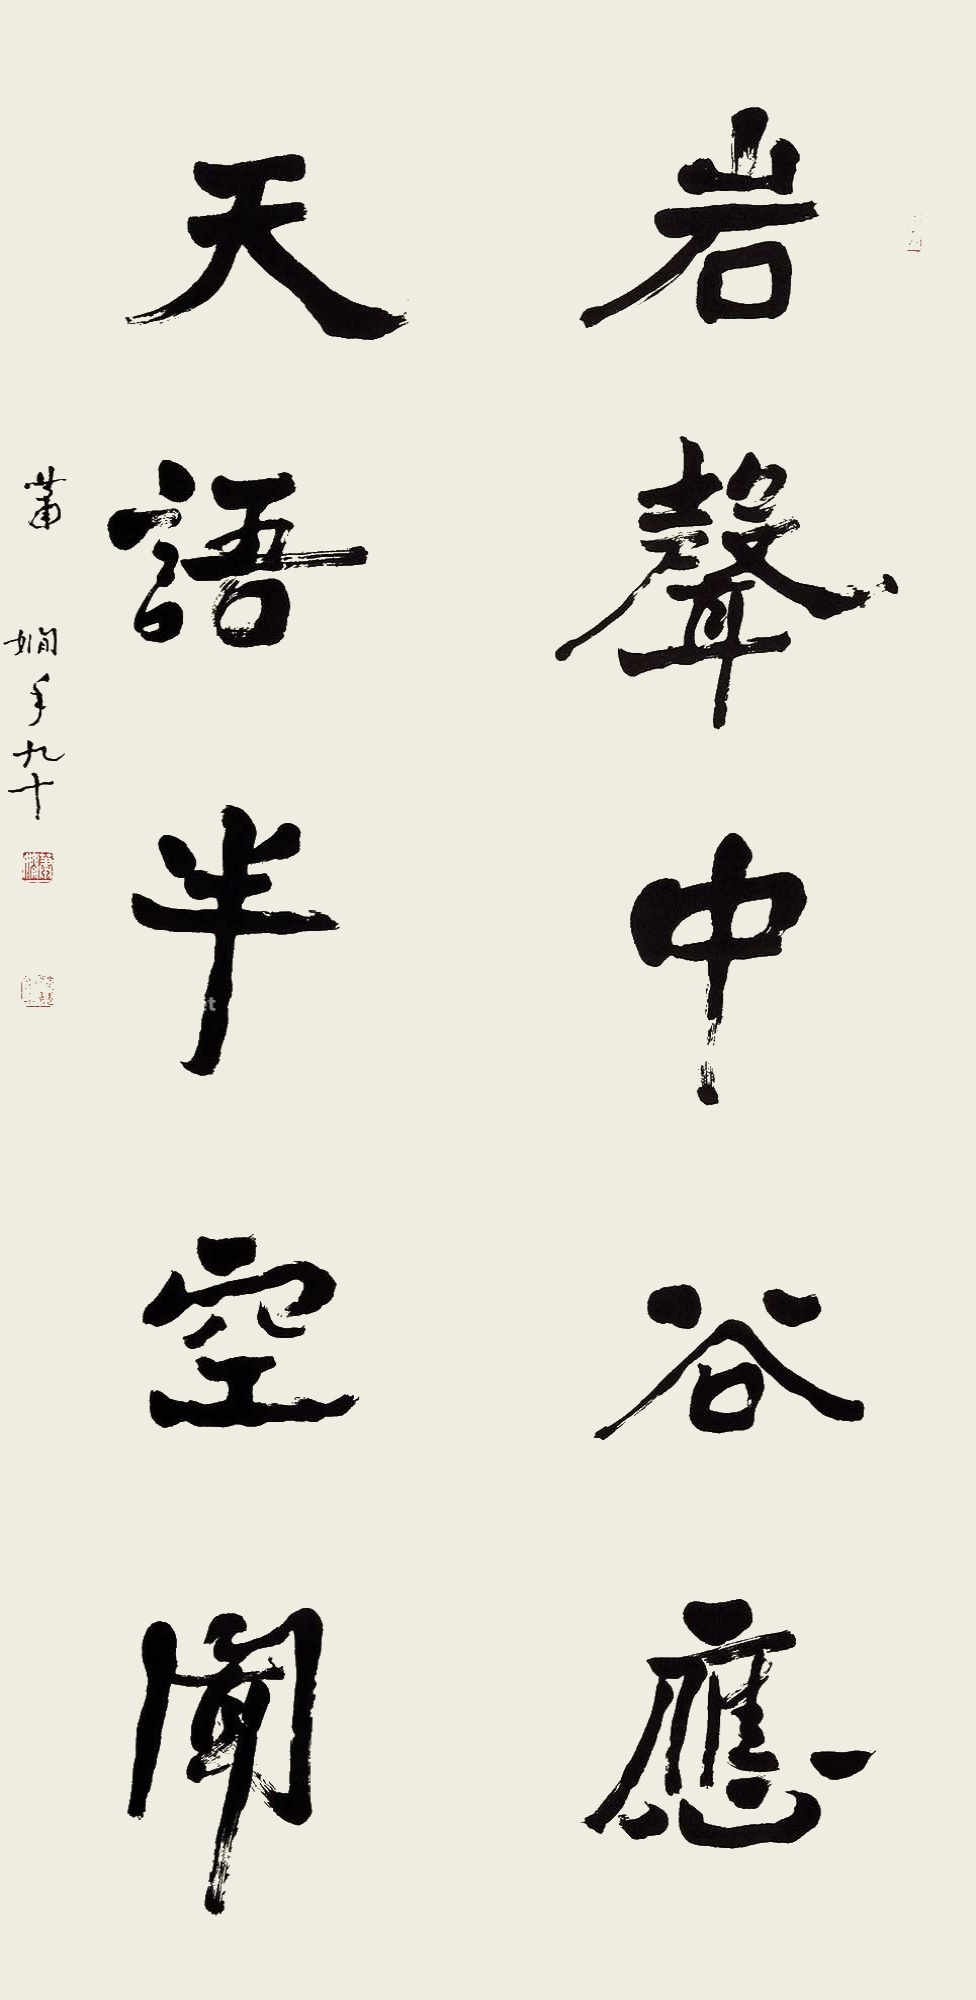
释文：岩声中谷应，天语半空闻。萧娴年九十。